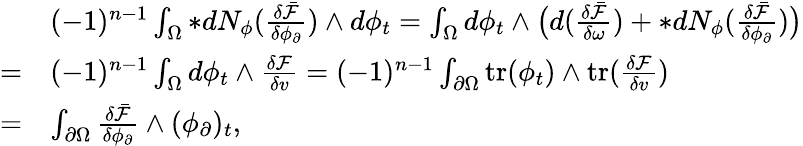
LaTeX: \begin{array}{rl}&{(-1)^{n-1}\int_{\Omega}\ast dN_{\phi}(\frac{\delta\bar{\mathcal{F}}}{\delta\phi_{\partial}})\wedge d\phi_{t}=\int_{\Omega}d\phi_{t}\wedge\big(d(\frac{\delta\bar{\mathcal{F}}}{\delta\omega})+\ast dN_{\phi}(\frac{\delta\bar{\mathcal{F}}}{\delta\phi_{\partial}})\big)}\\ {=}&{(-1)^{n-1}\int_{\Omega}d\phi_{t}\wedge\frac{\delta\mathcal{F}}{\delta v}=(-1)^{n-1}\int_{\partial\Omega}\mathrm{tr}(\phi_{t})\wedge\mathrm{tr}(\frac{\delta\mathcal{F}}{\delta v})}\\ {=}&{\int_{\partial\Omega}\frac{\delta\bar{\mathcal{F}}}{\delta\phi_{\partial}}\wedge(\phi_{\partial})_{t},}\end{array}